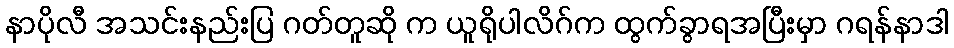
နာပိုလီ အသင်းနည်းပြ ဂတ်တူဆို က ယူရိုပါလိဂ်က ထွက်ခွာရအပြီးမှာ ဂရန်နာဒါ